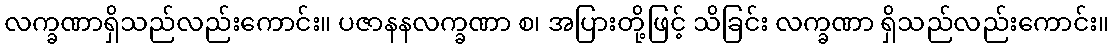
လက္ခဏာရှိသည်လည်းကောင်း။ ပဇာနနလက္ခဏာ စ၊ အပြားတို့ဖြင့် သိခြင်း လက္ခဏာ ရှိသည်လည်းကောင်း။